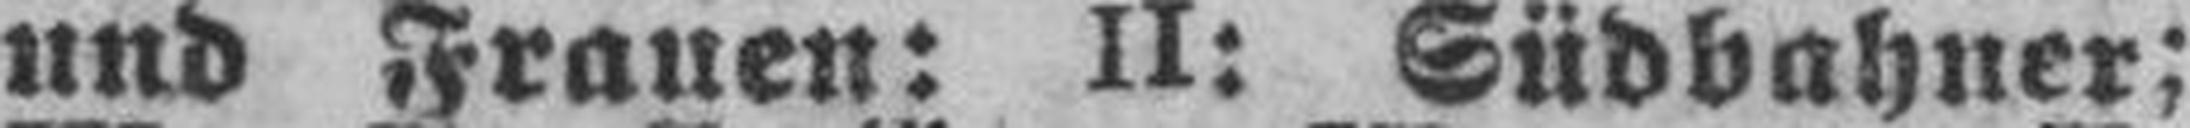
und Frauen: II: Südbahner: